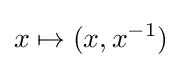
x\mapsto (x,x^{-1})